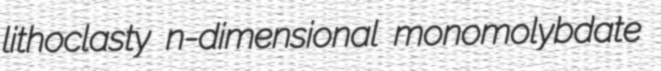
lithoclasty n-dimensional monomolybdate